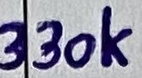
Text: 330K